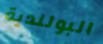
البولندية